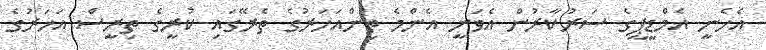
އެހެނީ އެމްޑީޕީގެ ސަރުކާރުން އެވަނީ އެންމެ ތިންއަހަރުގެ ތެރޭގައި ކުރީގެ ތިރީސް އަހަރުގެ